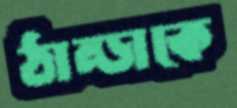
ঠান্ডাকে